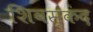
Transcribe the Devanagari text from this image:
शिवस्कंद